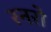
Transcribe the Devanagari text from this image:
रनरो